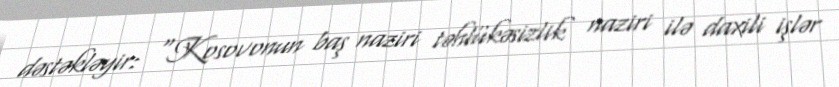
dəstəkləyir: “Kosovonun baş naziri təhlükəsizlik naziri ilə daxili işlər